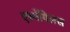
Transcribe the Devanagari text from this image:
एर्स्पेगिलस